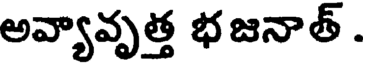
అవ్యావృత్త భజనాత్ .